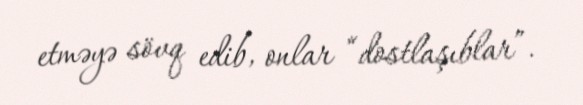
etməyə sövq edib, onlar “dostlaşıblar”.